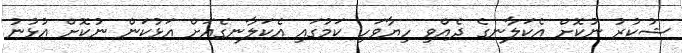
ޝުކުރުު ނުކޮށް އެކަލާނގެ ދެއްވި ހިޔާވަހި ކަމުގައި އެކަލާނގެއަށް އަޅުކަން ނުކޮށް އުޅުނު